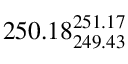
2 5 0 . 1 8 _ { 2 4 9 . 4 3 } ^ { 2 5 1 . 1 7 }